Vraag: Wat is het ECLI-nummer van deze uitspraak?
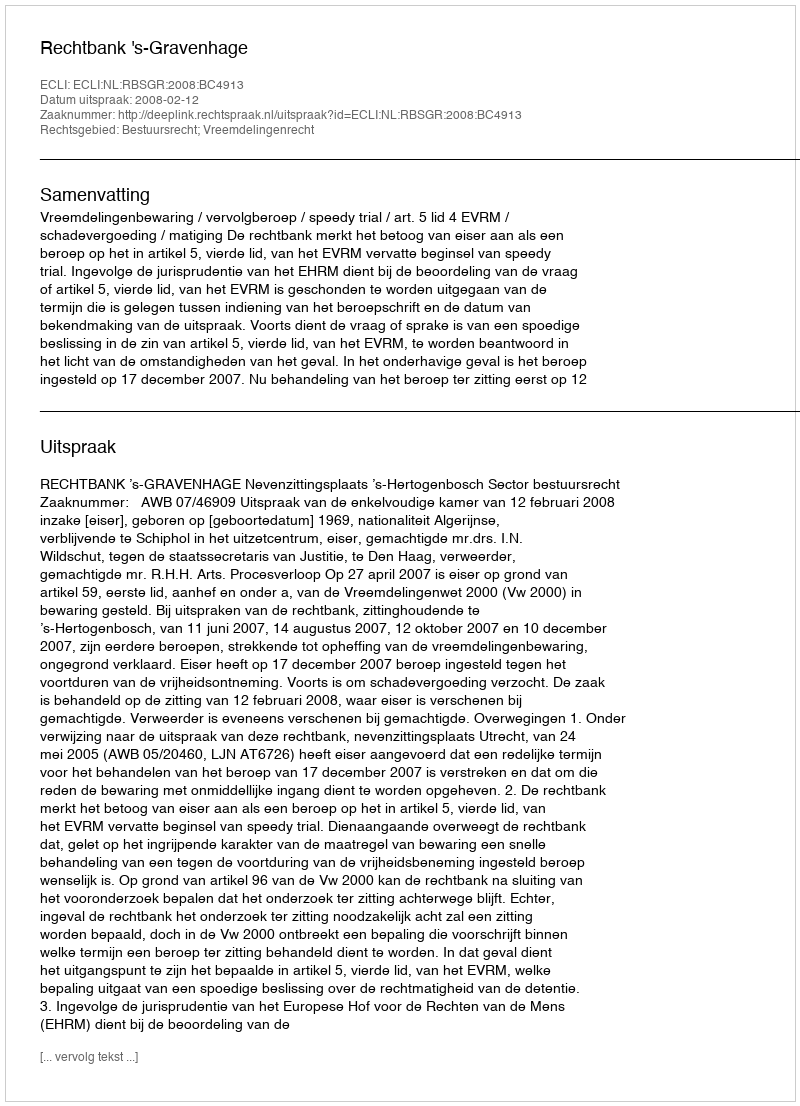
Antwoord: ECLI:NL:RBSGR:2008:BC4913